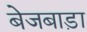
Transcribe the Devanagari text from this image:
बेजबाड़ा